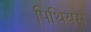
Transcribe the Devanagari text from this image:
पिथियस